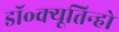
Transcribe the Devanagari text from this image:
डॉ॰क्यूतिन्हो